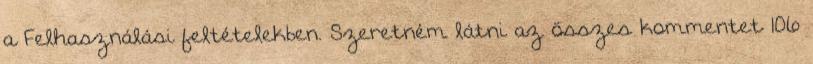
a Felhasználási feltételekben. Szeretném látni az összes kommentet 106